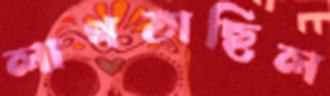
লাগতাছিল